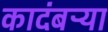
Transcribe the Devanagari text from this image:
कादंबऱ्‍या